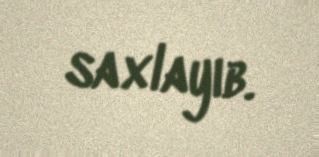
saxlayıb.